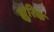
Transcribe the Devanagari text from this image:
झुरिक